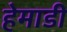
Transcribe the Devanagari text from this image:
हेमाडी